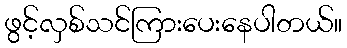
ဖွင့်လှစ်သင်ကြားပေးနေပါတယ်။